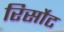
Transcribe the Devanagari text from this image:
रिर्सोट